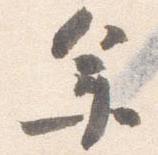
年